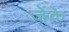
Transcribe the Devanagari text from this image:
जेंके